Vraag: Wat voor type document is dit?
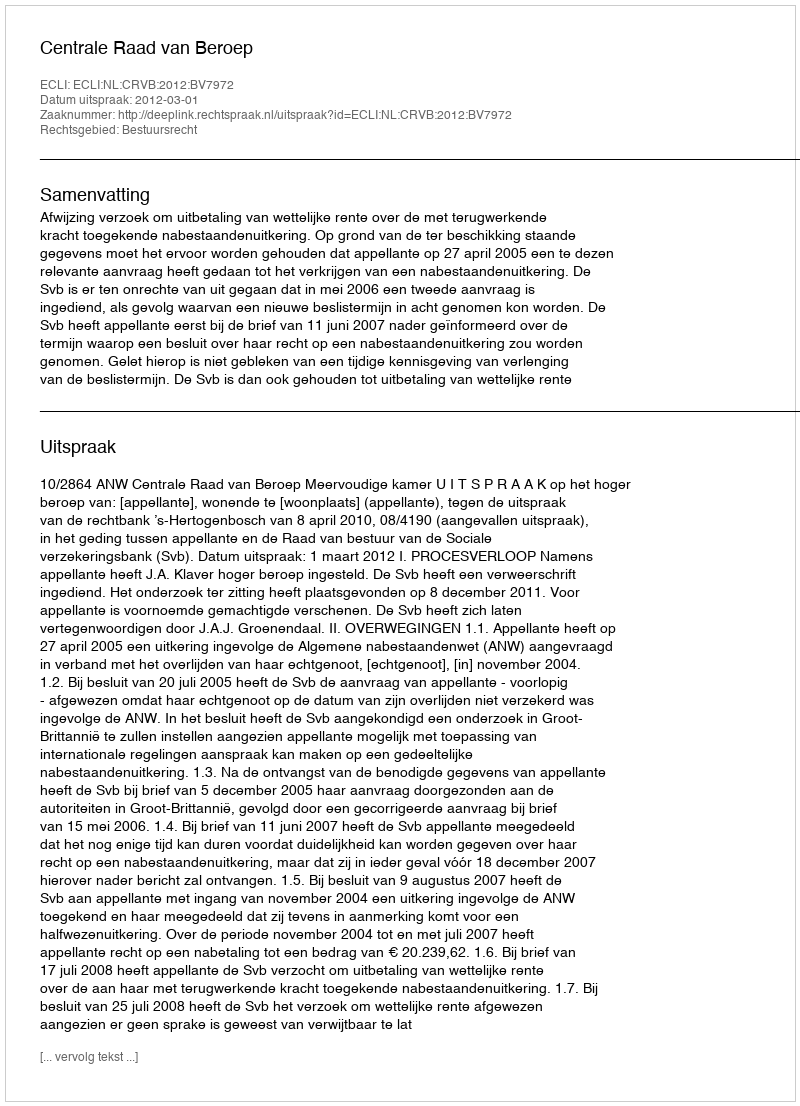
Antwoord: Uitspraak